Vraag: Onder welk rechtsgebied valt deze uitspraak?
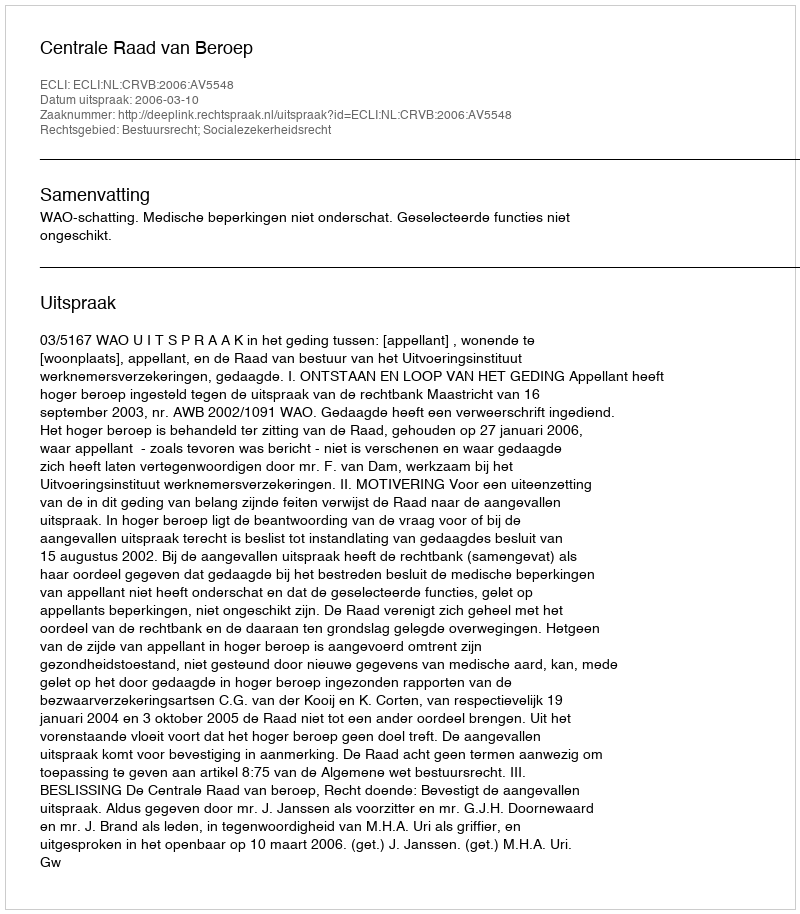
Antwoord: Bestuursrecht; Socialezekerheidsrecht